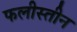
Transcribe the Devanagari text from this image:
फलीस्‍तीन